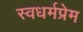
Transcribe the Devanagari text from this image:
स्वधर्मप्रेम